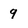
Character: 9